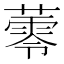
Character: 蕶